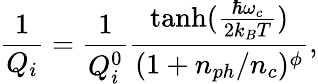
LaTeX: \frac{1}{Q_{i}}=\frac{1}{Q_{i}^{0}}\frac{\mathrm{tanh}(\frac{\hbar\omega_{c}}{2k_{B}T})}{({1+n_{ph}/n_{c}})^{\phi}},